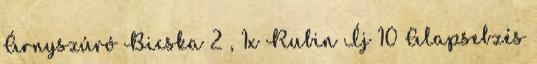
Árnyszúró Bicska 2 , 1x Rubin Íj 10 Alapsebzés